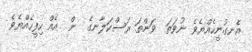
އެނގުނީހެއްޔެވެ ނުވަތަ  ވަންތަ ރަސްކަލާނގެ  ން  އެއް ހިފީހެއްޔެވެ